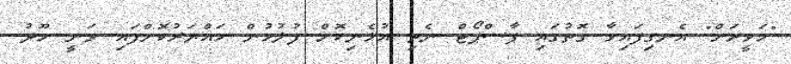
"ހަވީރަށް" އެނގިފައިވާ ގޮތުގައި ޕާސްޕޯޓް ނެތި އުޅެނިކޮށް ފުލުހުން ހައްޔަރުކޮށްފައި ވަނީ ހޫދު